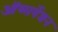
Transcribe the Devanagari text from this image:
ऑब्सर्वेशन